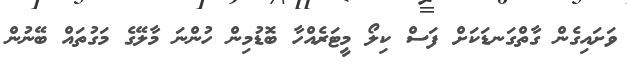
ވަށައިގެން ގާތްގަނޑަކަށް ފަސް ކިލޯ މީޓަރެއްހާ ބޮޑުމިން ހުންނަ މާލޭގެ މަގުތައް ބޭނުން